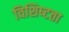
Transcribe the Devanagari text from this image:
विशिष्‍टता